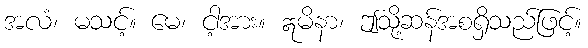
အလံ၊ မသင့်။ မေ၊ ငါ့အား။ ဣမိနာ၊ ဤသို့ဆန်အစရှိသည်ဖြင့်။